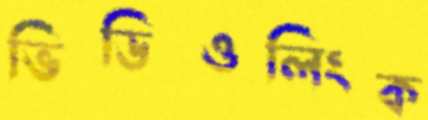
ভিডিওলিংক